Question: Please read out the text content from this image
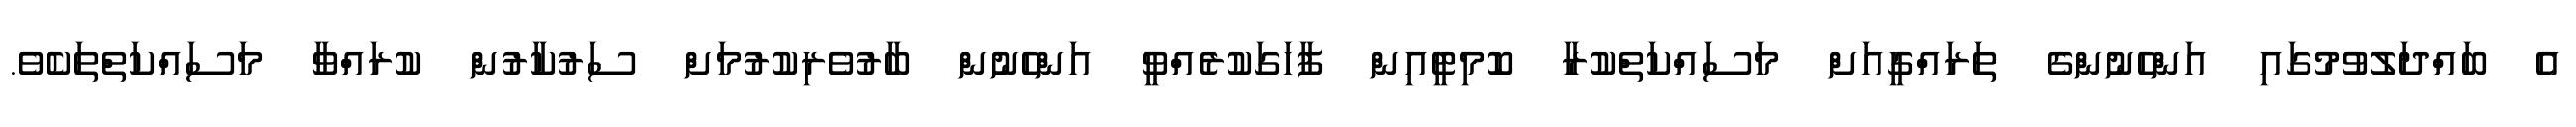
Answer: އެ ބައްދަލުވުމުގައި އަންހެނުންގެ ތަރައްގީއަށް މަސައްކަތްކުރާ ކޮމިޓީއިން ފާހަގަކުރެއްވީ އަންހެނުން ބާރުވެރިކުރުމަށް ސަރުކާރުން ކުރައްވާ މަސައްކަތްތަކެވެ.